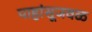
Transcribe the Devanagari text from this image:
पाहांसूजवळ